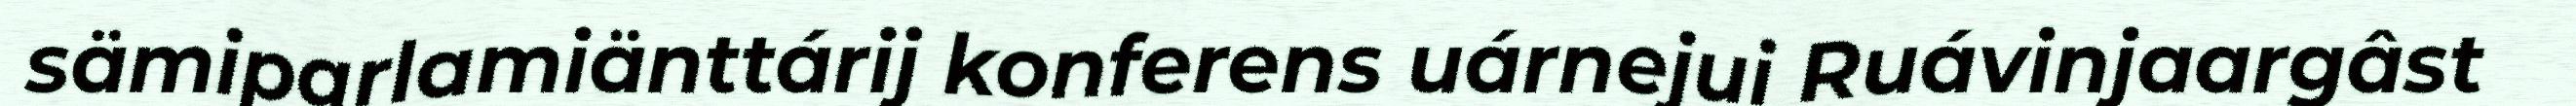
sämiparlamiänttárij konferens uárnejui Ruávinjaargâst